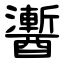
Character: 䤔